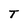
Character: T